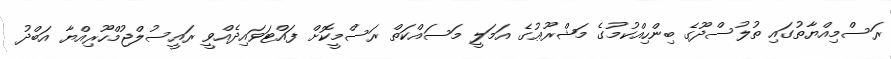
ރަސްމިއްޔާތުގައި ތުލުސްދޫގެ ބިންހިއްކުމުގެ މަޝްރޫޢުގެ އަމަލީ މަސައްކަތް ރަސްމީކޮށް ފައްޓަވައިދެއްވީ ރައީސުލްޖުމްހޫރިއްޔާ އަބްދު